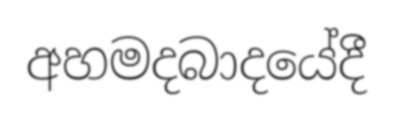
අහමදබාදයේදී